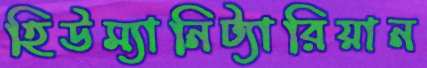
হিউম্যানিট্যারিয়ান